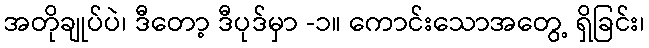
အတိုချုပ်ပဲ၊ ဒီတော့ ဒီပုဒ်မှာ -၁။ ကောင်းသောအတွေ့ ရှိခြင်း၊